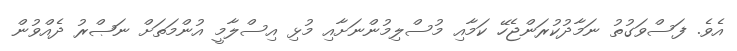
އެވެ. ފަސްވަގުތު ނަމާދުކުރަންޖެހޭ ކަމާއި މުސްލިމުންނަށާއި މުޅި އިސްލާމީ އުންމަތަށް ނަޞްރު ދެއްވުން